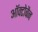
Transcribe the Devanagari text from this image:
ऑक्टोबैन